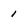
Character: 1